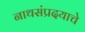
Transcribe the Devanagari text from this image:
नाथसंप्रदयाचे